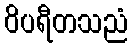
ဝိပရီတသညံ